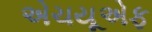
એચયૂએફ